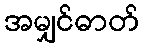
အမျှင်ဓာတ်